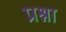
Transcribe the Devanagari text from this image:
प्रश्ना